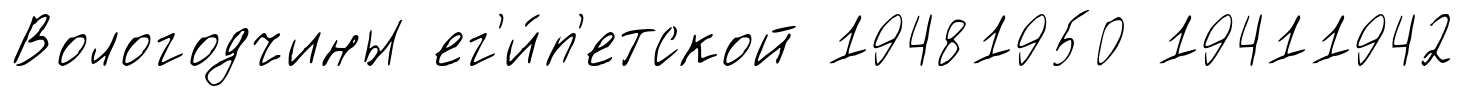
Вологодчины ег'и́п'етской 19481950 19411942